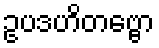
ဥပဒဟိတဗ္ဗော